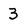
Character: 3